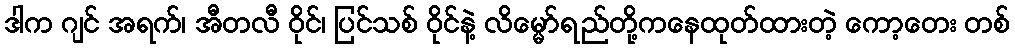
ဒါက ဂျင် အရက်၊ အီတလီ ဝိုင်၊ ပြင်သစ် ဝိုင်နဲ့ လိမ္မော်ရည်တို့ကနေထုတ်ထားတဲ့ ကော့တေး တစ်